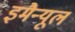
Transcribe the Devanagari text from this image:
इमैन्यूल